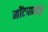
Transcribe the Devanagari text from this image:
मोंटपार्नासे